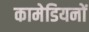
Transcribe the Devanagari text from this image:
कामेडियनों